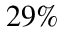
2 9 \%